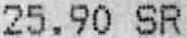
25.90 SR